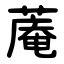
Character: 蓭